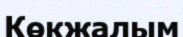
Көкжалым